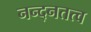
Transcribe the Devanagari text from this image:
नन्द्नतत्व